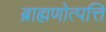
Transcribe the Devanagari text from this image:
ब्राह्मणोत्पत्ति